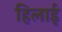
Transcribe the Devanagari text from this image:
हिलाई